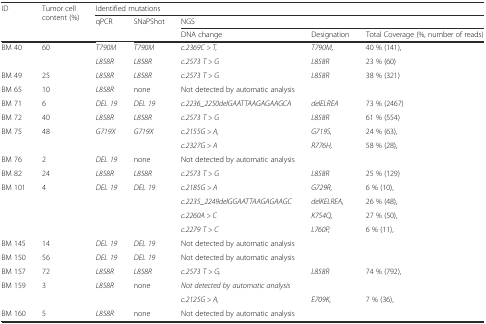
<table><thead><tr><td rowspan="3"><b>ID</b></td><td rowspan="3"><b>Tumor cell content (%)</b></td><td colspan="5"><b>Identified mutations</b></td></tr><tr><td rowspan="2"><b>qPCR</b></td><td rowspan="2"><b>SNaPShot</b></td><td colspan="3"><b>NGS</b></td></tr><tr><td><b>DNA change</b></td><td><b>Designation</b></td><td><b>Total Coverage (%, number of reads)</b></td></tr></thead><tbody><tr><td>BM 40</td><td>60</td><td><i>T790M</i></td><td><i>T790M</i></td><td><i>c.2369C &gt; T,</i></td><td><i>T790M,</i></td><td>40 % (141),</td></tr><tr><td></td><td></td><td><i>L858R</i></td><td><i>L858R</i></td><td><i>c.2573 T &gt; G</i></td><td><i>L858R</i></td><td>23 % (60)</td></tr><tr><td>BM 49</td><td>25</td><td><i>L858R</i></td><td><i>L858R</i></td><td><i>c.2573 T &gt; G</i></td><td><i>L858R</i></td><td>38 % (321)</td></tr><tr><td>BM 65</td><td>10</td><td><i>L858R</i></td><td>none</td><td>Not detected by automatic analysis</td><td></td><td></td></tr><tr><td>BM 71</td><td>6</td><td><i>DEL 19</i></td><td><i>DEL 19</i></td><td><i>c.2236_2250delGAATTAAGAGAAGCA</i></td><td><i>delELREA</i></td><td>73 % (2467)</td></tr><tr><td>BM 72</td><td>40</td><td><i>L858R</i></td><td><i>L858R</i></td><td><i>c.2573 T &gt; G</i></td><td><i>L858R</i></td><td>61 % (554)</td></tr><tr><td>BM 75</td><td>48</td><td><i>G719X</i></td><td><i>G719X</i></td><td><i>c.2155G &gt; A,</i></td><td><i>G719S,</i></td><td>24 % (63),</td></tr><tr><td></td><td></td><td></td><td></td><td><i>c.2327G &gt; A</i></td><td><i>R776H,</i></td><td>58 % (28),</td></tr><tr><td>BM 76</td><td>2</td><td><i>DEL 19</i></td><td>none</td><td>Not detected by automatic analysis</td><td></td><td></td></tr><tr><td>BM 82</td><td>24</td><td><i>L858R</i></td><td><i>L858R</i></td><td><i>c.2573 T &gt; G</i></td><td><i>L858R</i></td><td>25 % (129)</td></tr><tr><td>BM 101</td><td>4</td><td><i>DEL 19</i></td><td><i>DEL 19</i></td><td><i>c.2185G &gt; A</i></td><td><i>G729R,</i></td><td>6 % (10),</td></tr><tr><td></td><td></td><td></td><td></td><td><i>c.2235_2249delGGAATTAAGAGAAGC</i></td><td><i>delKELREA,</i></td><td>26 % (48),</td></tr><tr><td></td><td></td><td></td><td></td><td><i>c.2260A &gt; C</i></td><td><i>K754Q,</i></td><td>27 % (50),</td></tr><tr><td></td><td></td><td></td><td></td><td><i>c.2279 T &gt; C</i></td><td><i>L760P,</i></td><td>6 % (11),</td></tr><tr><td>BM 145</td><td>14</td><td><i>DEL 19</i></td><td><i>DEL 19</i></td><td>Not detected by automatic analysis</td><td></td><td></td></tr><tr><td>BM 150</td><td>56</td><td><i>DEL 19</i></td><td><i>DEL 19</i></td><td>Not detected by automatic analysis</td><td></td><td></td></tr><tr><td>BM 157</td><td>72</td><td><i>L858R</i></td><td><i>L858R</i></td><td><i>c.2573 T &gt; G,</i></td><td><i>L858R</i></td><td>74 % (792),</td></tr><tr><td>BM 159</td><td>3</td><td><i>L858R</i></td><td>none</td><td><i>Not detected by automatic analysis</i></td><td></td><td></td></tr><tr><td></td><td></td><td></td><td></td><td><i>c.2125G &gt; A,</i></td><td><i>E709K,</i></td><td>7 % (36),</td></tr><tr><td>BM 160</td><td>5</td><td><i>L858R</i></td><td>none</td><td>Not detected by automatic analysis</td><td></td><td></td></tr></tbody></table>